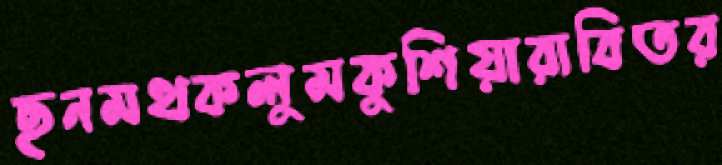
ছনমথকলুমকুশিয়ারাবিতর